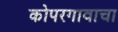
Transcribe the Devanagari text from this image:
कोपरगावाचा